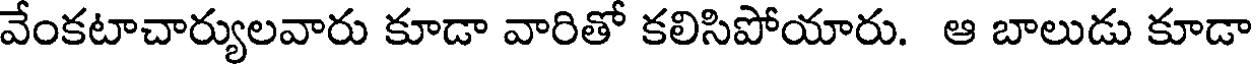
వేంకటాచార్యులవారు కూడా వారితో కలిసిపోయారు. ఆ బాలుడు కూడా